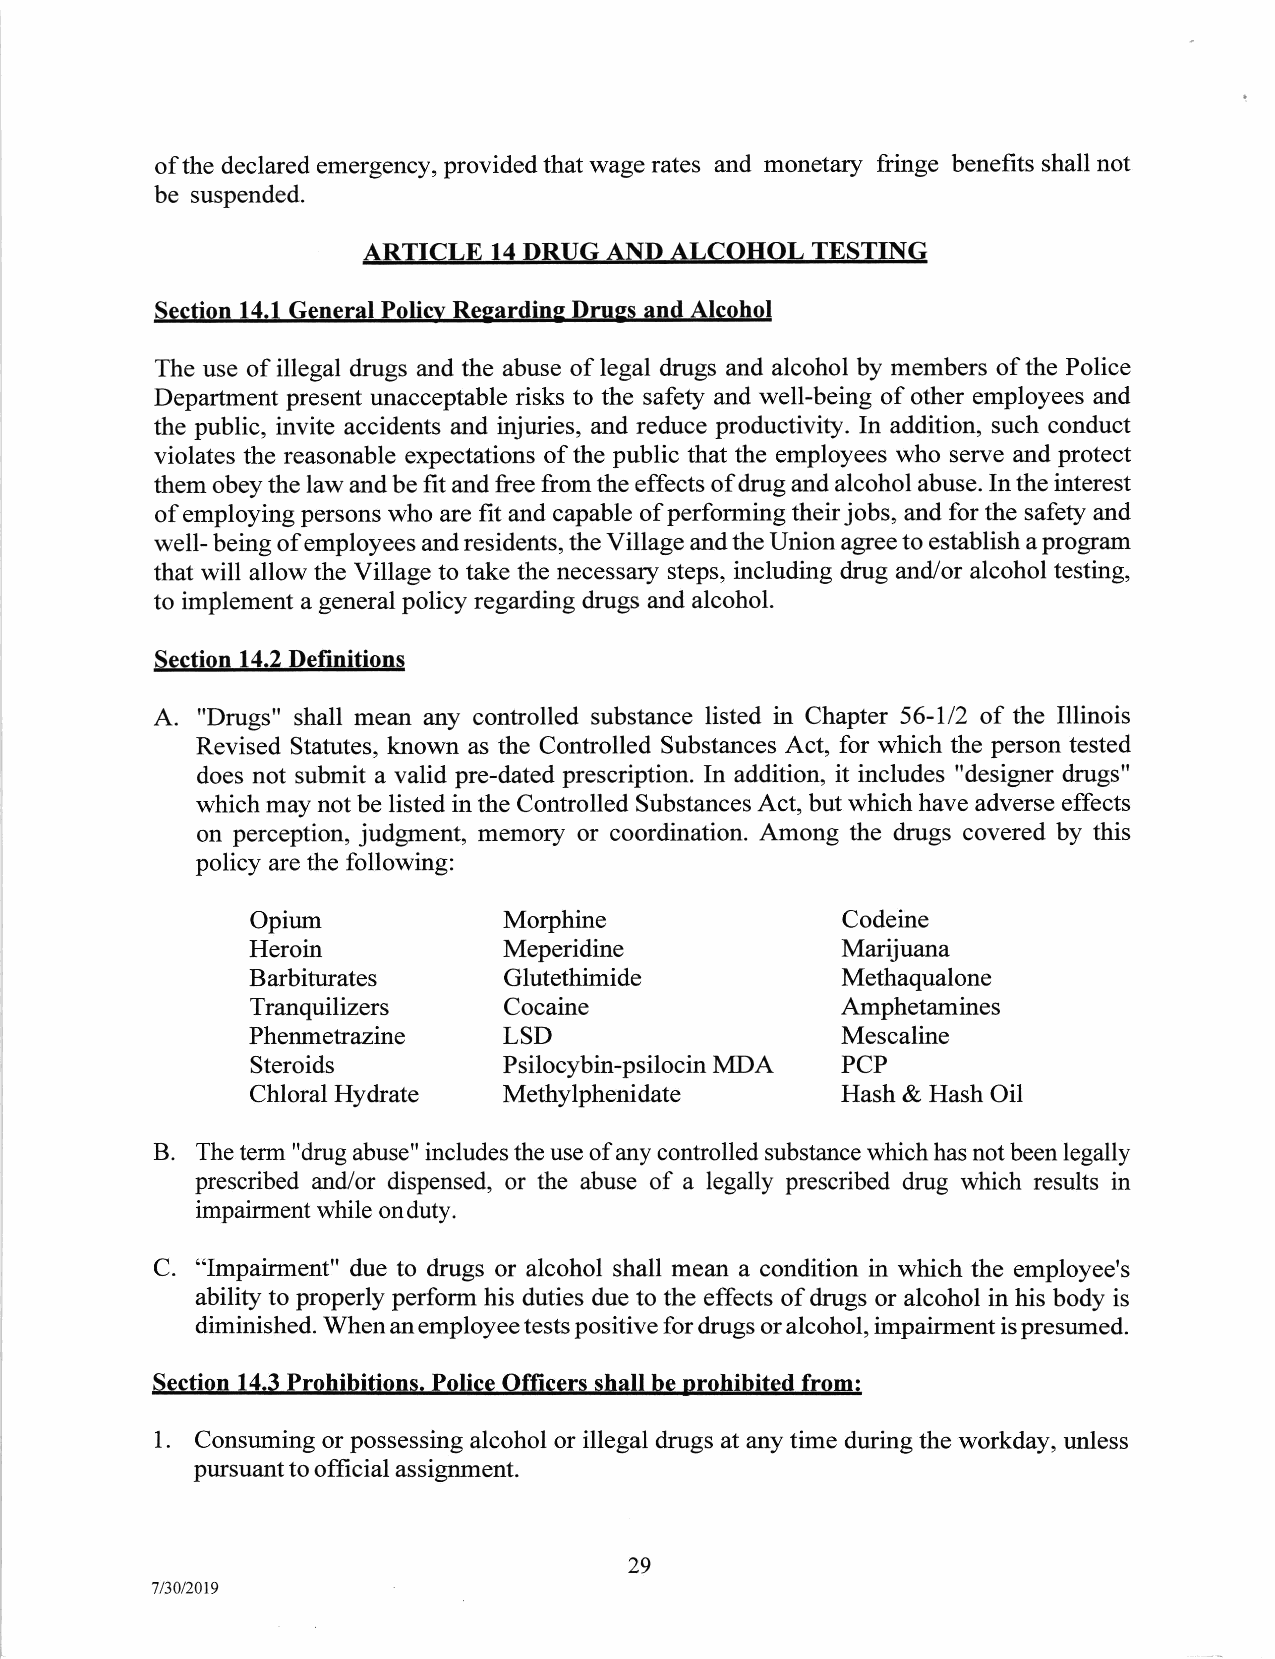
of the declared emergency, provided that wage rates and monetary fringe benefits shall not
 be suspended.
 ARTICLE  14 DRUG AND ALCOHOL  TESTING
 Section 14.1 General Policv Resardins Druss and Alcohol
 The use of illegal drugs and the abuse of legal drugs and alcohol by members of the Police
 Department present unacceptable risks to the safety and well-being of other employees and
 the public, invite accidents and injuries, and reduce productiviff. In addition, such conduct
 violates the reasonable expectations of the public that the employees who serve and protect
 them obey the law and be fit and free from the effects of drug and alcohol abuse. In the interest
 of employing persons who are fit and capable of performing their jobs, and for the safety and
 well- being of employees and residents, the Village and the Union agree to establish a program
 that will allow the Village to take the necessary steps, including drug and/or alcohol testing,
 to implement a general policy regarding drugs and alcohol.
 Section 14.2 Definitions
 A. "Drugs" shall mean any controlled substance listed in Chapter 56-112 of the Illinois
 Revised Statutes, known as the Controlled Substances Act, for which the person tested
 does not submit a valid pre-dated prescription. In addition, it includes "designer drugs"
 which may not be listed in the Controlled Substances Act, but which have adverse effects
 on perception, judgment, memory or coordination. Among the drugs covered by this
 policy are the following:
 Opium           Morphine               Codeine
 Heroin          Meperidine             Marijuana
 Barbiturates    Glutethimide           Methaqualone
 Tranquilizers   Cocaine                Amphetamines
 Phenmetrazine   LSD                    Mescaline
 MDA
 Steroids        Psilocybin-psilocin    PCP
 Methylphenidate
 Chloral Hydrate                        Hash & Hash Oil
 B.
 The term "drug abuse" includes the use of any controlled substance which has not been legally
 prescribed and/or dispensed, or the abuse of a legally prescribed drug which results in
 impairment while on duty.
 C. "Impairment" due to drugs or alcohol shall mean a condition in which the employee's
 ability to properly perform his duties due to the effects of drugs or alcohol in his body is
 diminished. When an employee tests positive for drugs or alcohol, impairment is presumed.
 Section 14.3 Prohibitions. Police Officers shall be prohibited from:
 1.
 Consuming or possessing alcohol or illegal drugs at any time during the workday, unless
 pursuant to offi cial assignment.
 29
 7/30/2019